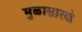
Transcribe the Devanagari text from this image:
मुळासारखे